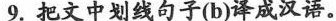
9.把文中划线句子(b)译成汉语.